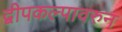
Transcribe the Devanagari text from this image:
द्वीपकल्पावरुन